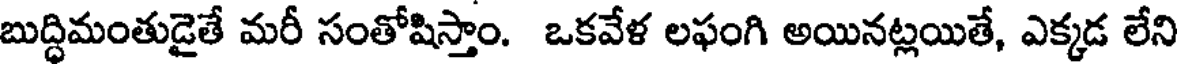
బుద్ధిమంతుడైతే మరీ సంతోషిస్తాం. ఒకవేళ లఫంగి అయినట్లయితే, ఎక్కడ లేని